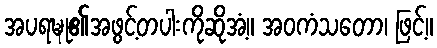
အပရဍ္ဎု၏အဖွင့်တပါးကိုဆိုအံ့။ အဝကံသတော၊ ဖြင့်။